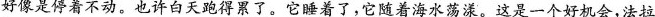
好像是停着不动。也许白天跑得累了。它睡着了，它随着海水荡漾。这是一个好机会，法拉